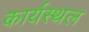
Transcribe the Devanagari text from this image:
कार्यस्‍थल